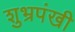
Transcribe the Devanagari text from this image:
शुभ्रपंखी